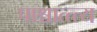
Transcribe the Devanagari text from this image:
पाश्चात्त्त्य